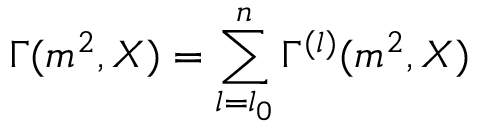
\Gamma ( m ^ { 2 } , X ) = \sum _ { l = l _ { 0 } } ^ { n } \Gamma ^ { ( l ) } ( m ^ { 2 } , X )